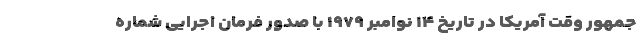
‌جمهور وقت آمریکا در تاریخ ۱۴ نوامبر ۱۹۷۹ با صدور فرمان اجرایی شماره